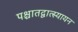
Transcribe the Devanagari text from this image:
पश्चातद्वात्स्यायन